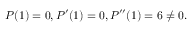
P ( 1 ) = 0 , P ^ { \prime } ( 1 ) = 0 , P ^ { \prime \prime } ( 1 ) = 6 \neq 0 .